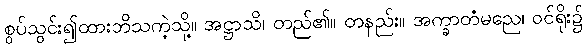
စွပ်သွင်း၍ထားဘိသကဲ့သို့။ အဋ္ဌာသိ၊ တည်၏။ တနည်း။ အက္ခာတံမညေ၊ ဝင်ရိုး၌